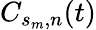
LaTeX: C_{s_{m},n}(t)